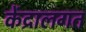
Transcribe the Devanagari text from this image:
केंद्रालगत